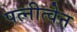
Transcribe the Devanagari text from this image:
पत्नीत्वेन